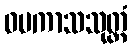
ဝပကာသသုတ္တံ